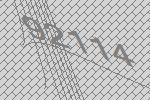
92114